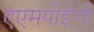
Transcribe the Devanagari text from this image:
एएमपीईजी